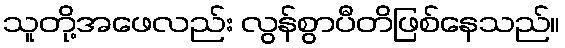
သူတို့အဖေလည်း လွန်စွာပီတိဖြစ်နေသည်။